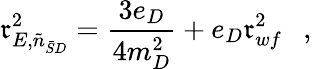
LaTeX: \mathfrak{r}_{E,\tilde{{n}}_{\bar{{S}}D}}^{2}={\frac{{3e_{D}}}{{4m_{D}^{2}}}}+e_{D}\mathfrak{r}_{wf}^{2}~~~,